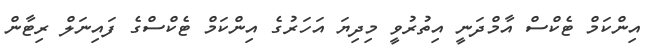
އިންކަމް ޓެކްސް އާމްދަނީ އިތުރުވީ މިދިޔަ އަހަރުގެ އިންކަމް ޓެކްސްގެ ފައިނަލް ރިޓާން